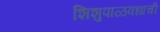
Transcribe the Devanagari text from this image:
शिशुपाळवधाची